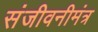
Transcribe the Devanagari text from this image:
संजीवनीमंत्र